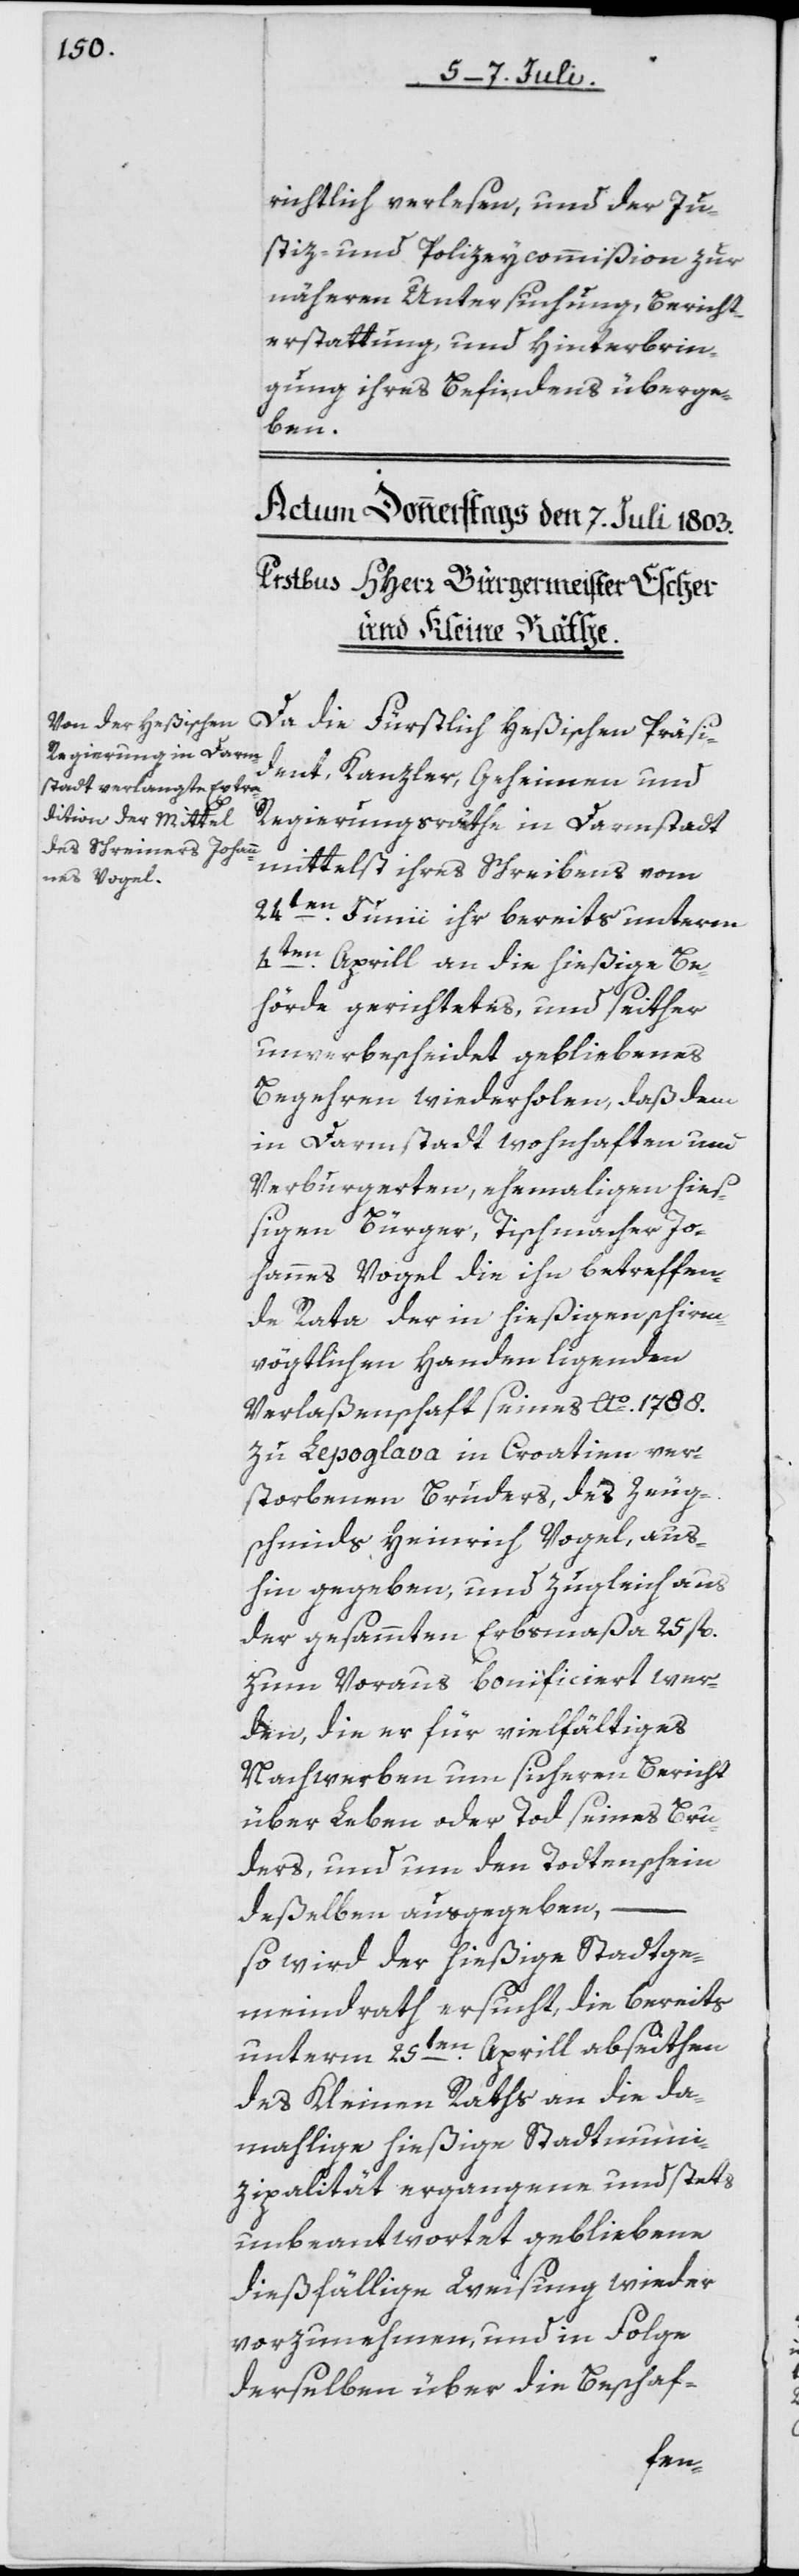
richtlich verlesen, und der Ju¬
stiz- und Polizeycommißion zur
näheren Untersuchung, Bericht¬
erstattung, und Hinterbrin¬
gung ihres Befindens überge¬
ben.
Da die Fürstlich Heßischen Präsid¬
ent, Kanzler, Geheimen und
Regierungsräthe in Darmstadt
mittelst ihres Schreibens vom
24ten Junii ihr bereits unterm
4ten Aprill an die hießige Be¬
hörde gerichtetes, und seither
unverbescheidet gebliebenes
Begehren wiederholen, daß dem
in Darmstadt wohnhaften und
Verbürgerten, ehemaligen hieß¬
igen Bürger, Tischmacher Jo¬
hannes Vogel die ihn betreffen¬
de Rata der in hießigen schirm¬
vögtlichen Handen ligenden
Verlaßenschaft seines Ao. 1788.
zu Lepoglava in Croatien ver¬
storbenen Bruders, des Zeug¬
schmids Heinrich Vogel, aus¬
hin gegeben, und zugleich aus
der gesammten Erbmaßa 25 fl.
zum Voraus bonificiert wer¬
den, die er für vielfältiges
Nachwerben um sicheren Bericht
über Leben oder Tod seines Bru¬
ders, und um den Todtenschein
deßelben ausgegeben,
so wird der hießige Stadtge¬
meindrath ersucht, die bereits
unterm 25ten Aprill abseithen
des Kleinen Raths an die da¬
mahlige hießige Stadtmuni¬
zipalität ergangene und stets
unbeantwortet gebliebene
dießfällige Weisung wieder
vorzunehmen, und in Folge
derselben über die Beschaf-